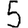
Digit: 5